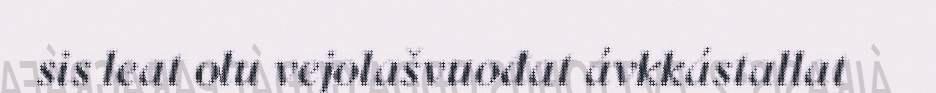
sis leat olu vejolašvuođat ávkkástallat